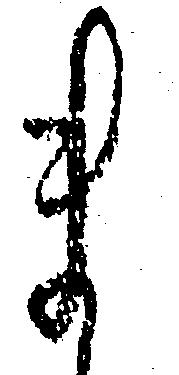
ま